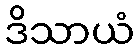
ဒိသာယံ